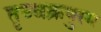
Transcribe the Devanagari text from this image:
तृच्चक्रपुरम